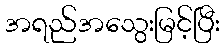
အရည်အသွေးမြင့်ပြီး